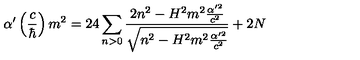
\alpha ^ { \prime } \left( \frac { c } { \hbar } \right) m ^ { 2 } = 2 4 \sum _ { n > 0 } \frac { 2 n ^ { 2 } - H ^ { 2 } m ^ { 2 } \frac { \alpha ^ { \prime 2 } } { c ^ { 2 } } } { \sqrt { n ^ { 2 } - H ^ { 2 } m ^ { 2 } \frac { \alpha ^ { \prime 2 } } { c ^ { 2 } } } } + 2 N